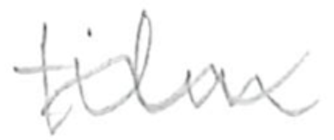
Text: film
Cross-out: wave
Writing tool: pencil